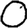
Digit: 0